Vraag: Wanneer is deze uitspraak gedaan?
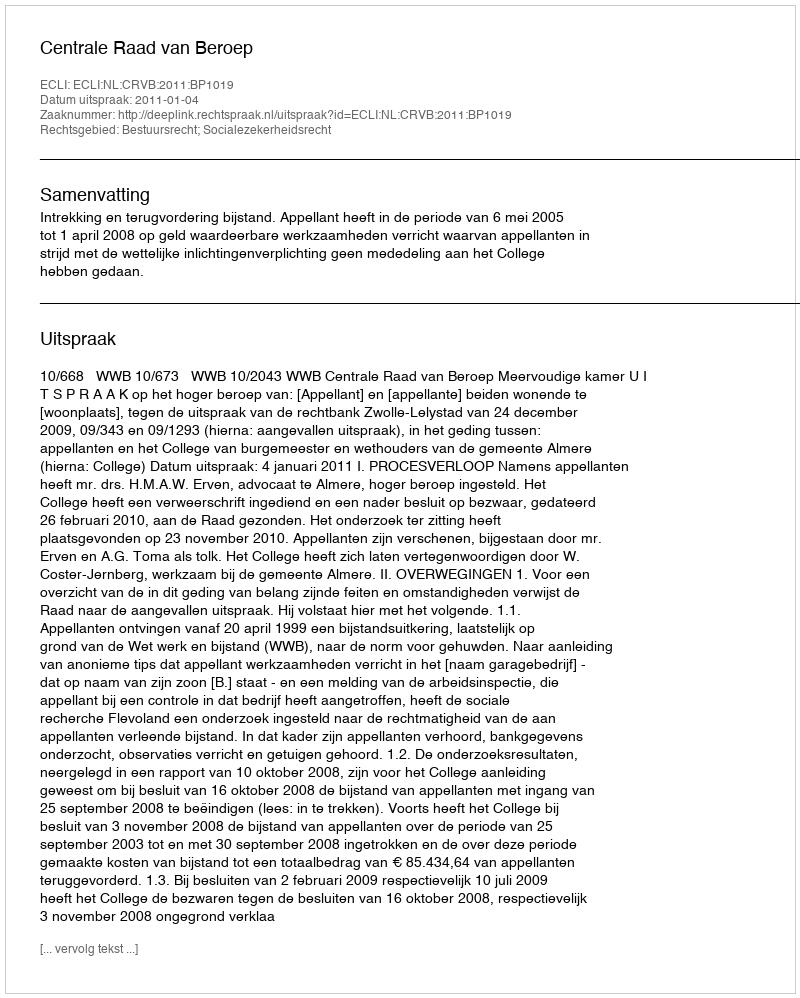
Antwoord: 2011-01-04